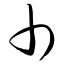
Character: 巾